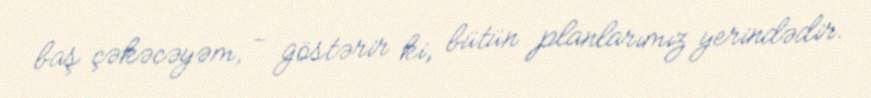
baş çəkəcəyəm, - göstərir ki, bütün planlarımız yerindədir.